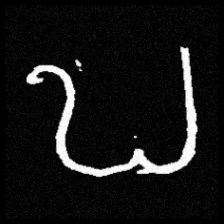
Pyu character \u2014 Myanmar letter: ဎ (romanized: ddha)